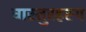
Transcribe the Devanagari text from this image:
वास्तुरहस्य